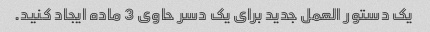
یک دستور العمل جدید برای یک دسر حاوی 3 ماده ایجاد کنید.